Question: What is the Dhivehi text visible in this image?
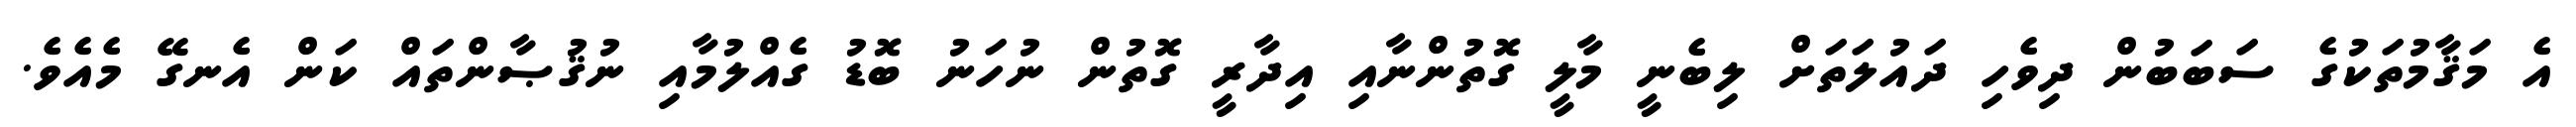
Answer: އެ މަޤާމުތަކުގެ ސަބަބުން ދިވެހި ދައުލަތަށް ލިބެނީ މާލީ ގޮތުންނާއި އިދާރީ ގޮތުން ނުހަނު ބޮޑު ގެއްލުމާއި ނުޤުޞާންތައް ކަން އެނގޭ މެއެވެ.